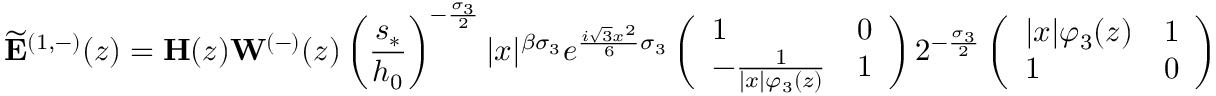
\widetilde { \mathbf { E } } ^ { ( 1 , - ) } ( z ) = \mathbf { H } ( z ) \mathbf { W } ^ { ( - ) } ( z ) \left( \frac { s _ { * } } { h _ { 0 } } \right) ^ { - \frac { \sigma _ { 3 } } { 2 } } | x | ^ { { \beta } \sigma _ { 3 } } e ^ { \frac { i \sqrt { 3 } x ^ { 2 } } { 6 } \sigma _ { 3 } } \left( \begin{array} { l l } { 1 } & { 0 } \\ { - \frac { 1 } { | x | \varphi _ { 3 } ( z ) } } & { 1 } \end{array} \right) 2 ^ { - \frac { \sigma _ { 3 } } { 2 } } \left( \begin{array} { l l } { | x | \varphi _ { 3 } ( z ) } & { 1 } \\ { 1 } & { 0 } \end{array} \right)